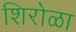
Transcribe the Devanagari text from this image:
शिरोळा